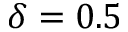
\delta = 0 . 5